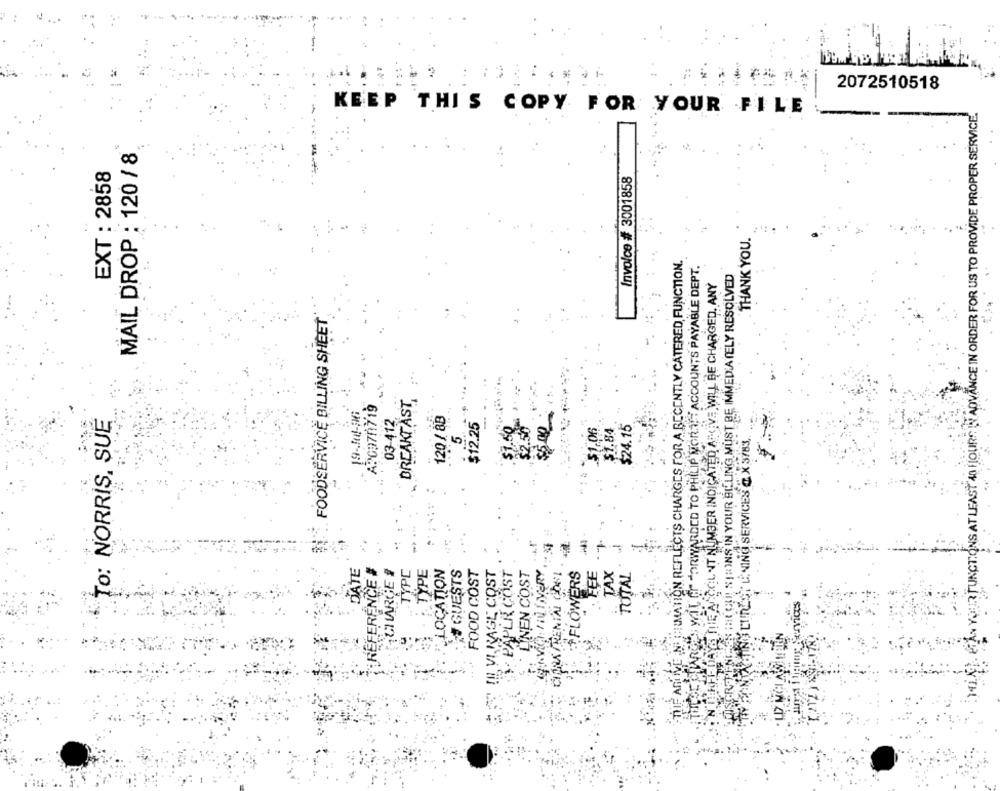
2072510518
YOUIR FUNCTIONS AT LEAST 48 HOURS IN ADVANCE IN ORDER FOR US TO PROVIDE PROPER SERVICE.
KEEP THIS COPY FOR YOUR FILE
MAIL DROP : 120 / 8
EXT : 2858
Invoice ## 3001858
THANK YOU.
IMATION REFLECTS CHARGES FOR A RECENTLY CATERED, FUNCTION.
WIL Gr FORWARDED TO PHILIP MORA!"ACCOUNTS PAYABLE DEPT.
STRINS IN YOUR BILLING MUST BE IMMEDIATELY RESOLVED
ICIL NT NUMBER INDICATED A VE WILL BE CHARGED. ANY
. FOODSERVICE BILLING SHEET
BREAKTAST,
19-308-26
A20970719
To: NORRIS, SUE
03-412
120/ 8B
$12.25
$1.06
$1.84
$24.15
5
L'NING SERVICES @ X 3783,
:VINIVERY ..
CHIRA TRENIN COFI .
-
ATE
CILARGE #
TYPE
LOCATION
# GUESTS
FOOD COST
! VI RAGE COST
PAPER COST
FLOWERS
EEE
TAX
REFERENCE
LINEN COST
TOTAL
TYP